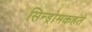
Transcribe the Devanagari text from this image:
सिन्ड्रोमकहते